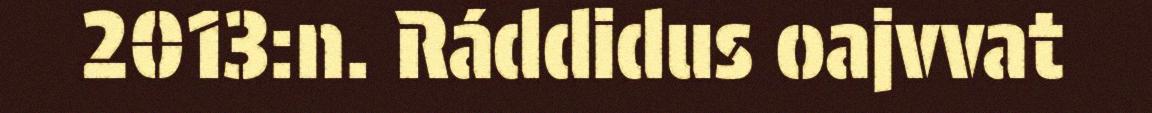
2013:n. Ráddidus oajvvat